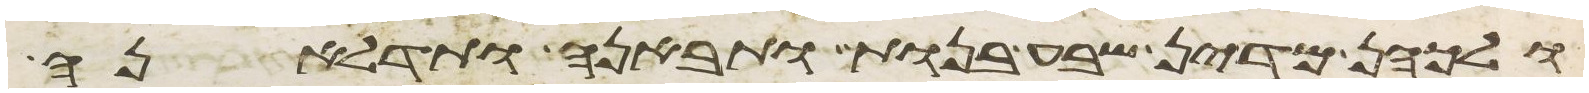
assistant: ולכהן מדין שבע בנות ותבאנה ותדלאנה